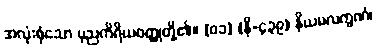
အလုံးစုံသော ပုညကိရိယဝတ္ထုတို့၏။ [၀၁] (နိ-၄၃၉) နိယမလက္ခဏံ၊